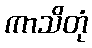
ကာသိတုံ